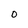
Character: o